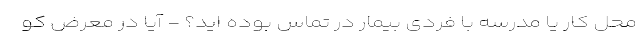
محل کار یا مدرسه با فردی بیمار در تماس بوده اید؟ - آیا در معرض کو